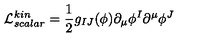
\mathcal { L } _ { s c a l a r } ^ { k i n } = \frac { 1 } { 2 } g _ { I J } ( \phi ) \partial _ { \mu } \phi ^ { I } \partial ^ { \mu } \phi ^ { J }